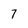
Character: 7